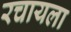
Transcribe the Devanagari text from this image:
रचायला